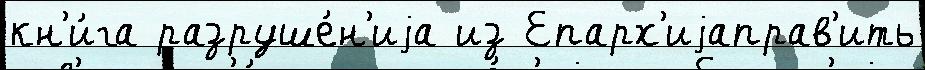
кн'и́га разруше́н'иjа из Епарх'иjаправ'ить